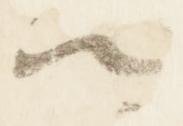
卿